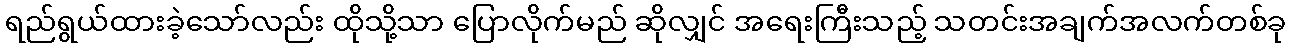
ရည်ရွယ်ထားခဲ့သော်လည်း ထိုသို့သာ ပြောလိုက်မည် ဆိုလျှင် အရေးကြီးသည့် သတင်းအချက်အလက်တစ်ခု